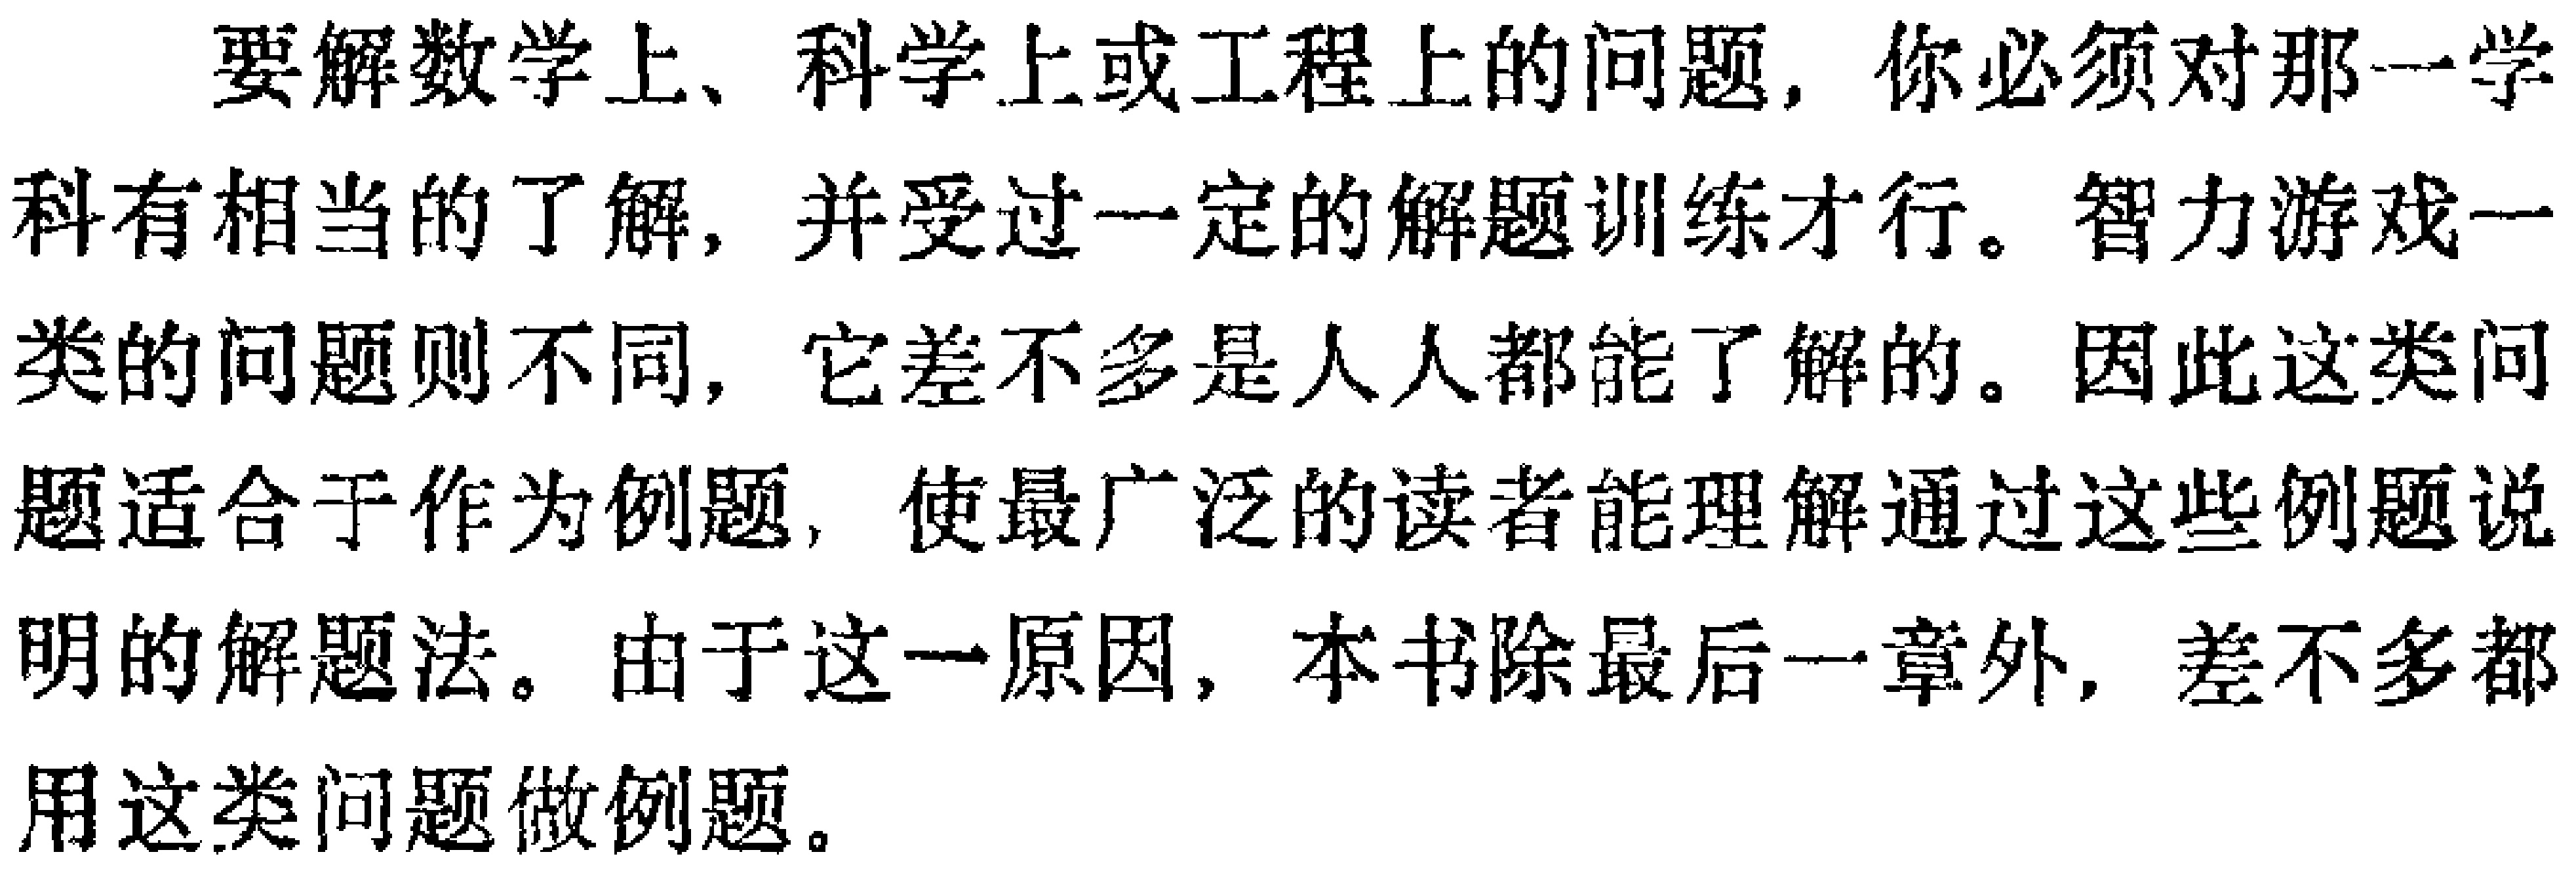
要解数学上、科学上或工程上的问题，你必须对那一学科有相当的了解，并受过一定的解题训练才行。智力游戏一类的问题则不同，它差不多是人人都能了解的。因此这类问题适合于作为例题，使最广泛的读者能理解通过这些例题说明的解题法。由于这一原因，本书除最后一章外，差不多都用这类问题做例题。